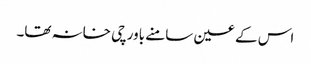
اس کے عین سامنے باورچی خانہ تھا۔